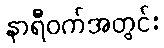
နာရီဝက်အတွင်း